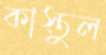
কাস্তুল